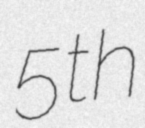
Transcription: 5th